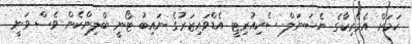
ކަމަށް އެމެރިކާގެ ނެޝަނަލް ސެކިއުރިޓީ އެޑްވައިޒަރުގެ ނައިބު ޓޯނީ ބްލިންކެން ވެސް ވަނީ